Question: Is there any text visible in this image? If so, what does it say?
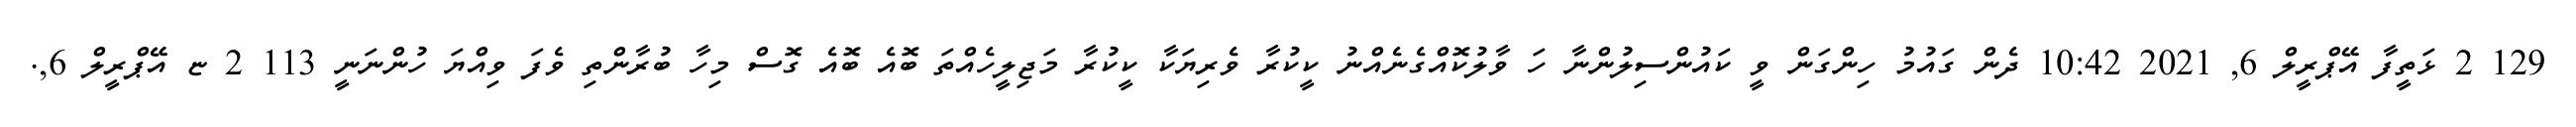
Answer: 129 2 ޅަތީފާ އޭޕްރީލް 6, 2021 10:42 ދެން ގައުމު ހިންގަން ވީ ކައުންސިލުންނާ ހަ ވާލުކޮއްގެނެއްނު ކީކުރާ ވެރިޔަކާ ކީކުރާ މަޖިލީހެއްތަ ބޮއެ ބޮއެ ގޮސް މިހާ ބުރާންތި ވެފަ ވިއްޔަ ހުންނަނީ 113 2 ޏ އޭޕްރީލް 6,.